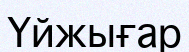
Үйжығар